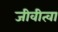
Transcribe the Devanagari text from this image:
जीवीत्वा